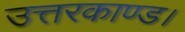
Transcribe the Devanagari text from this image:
उत्तरकाण्ड।